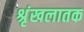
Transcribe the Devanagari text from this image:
श्रृंखलातक